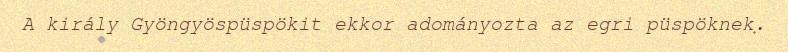
A király Gyöngyöspüspökit ekkor adományozta az egri püspöknek.